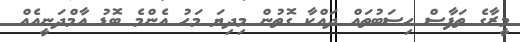
މީރާގެ ތަފާސް ހިސަބުތައް ދައްކާ ގޮތުން މިދިޔަ މަހު އެންމެ ބޮޑު އާމްދަނީއެއް